Leaving Certificate Examination (including Day School Certificate (Higher) General paper), 1934
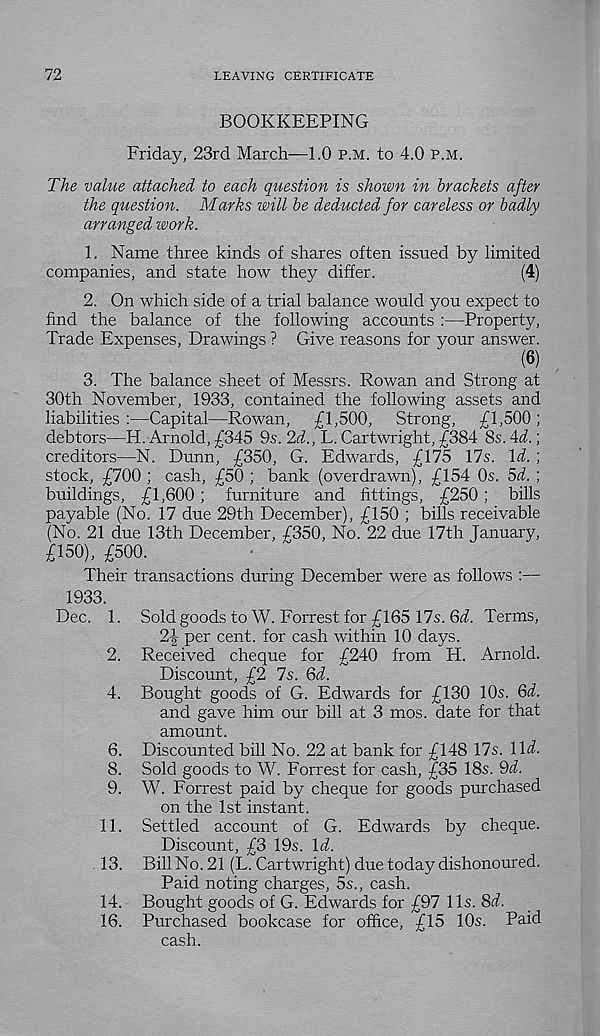
72
LEAVING CERTIFICATE
BOOKKEEPING
Friday, 23rd March—1.0 p.m. to 4.0 p.m.
The value attached to each question is shown in brackets after
the question. Marks will be deducted for careless or badly
arranged work.
1. Name three kinds of shares often issued by limited
companies, and state how they differ.
(4)
2. On which side of a trial balance would you expect to
find the balance of the following accounts :—Property,
Trade Expenses, Drawings ? Give reasons for your answer.
(6)
3. The balance sheet of Messrs. Rowan and Strong at
30th November, 1933, contained the following assets and
liabilities:—Capital—Rowan,
£1,500,
Strong,
£1,500;
debtors—H. Arnold, £345 9s. 2d., L. Cartwright, £384 8s. 4d.;
creditors—N. Dunn, £350, G. Edwards, £175 17s. Id. ;
stock, £700 ; cash, £50 ; bank (overdrawn), £154 0s. 5d. ;
buildings, £1,600; furniture and fittings, £250; bills
payable (No. 17 due 29th December), £150 ; bills receivable
(No. 21 due 13th December, £350, No. 22 due 17th January,
£150), £500.
Their transactions during December were as follows :—
1933.
Dec. 1. Sold goods to W. Forrest for £165 17s. 6i. Terms,
2f per cent, for cash within 10 days.
2. Received cheque for £240 from H. Arnold.
Discount, £2 7s. Qd.
4. Bought goods of G. Edwards for £130 10s. Qd.
and gave him our bill at 3 mos. date for that
amount.
6. Discounted bill No. 22 at bank for £148 17s. \ld.
8. Sold goods to W. Forrest for cash, £35 18s. 9d.
9. W. Forrest paid by cheque for goods purchased
on the 1st instant.
11. Settled account of G. Edwards by cheque.
Discount, £3 19s. Id.
13. Bill No. 21 (L. Cartwright) due today dishonoured.
Paid noting charges, 5s., cash.
14. Bought goods of G. Edwards for £97 11s. 8d.
16. Purchased bookcase for office, £15 10s. Paid
cash.